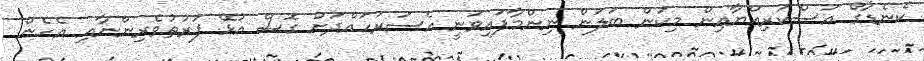
ކެނެޑާގެ އަސްކަރިއްޔާއިން މިކަން ބަލަން ނިންމާފައިވަނީ އެސަރަހައްދަށް ގޮސް އުޅޭ ފަރުތުވެރިންނާއި އެހެން